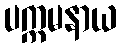
ပက္ကမနာယ